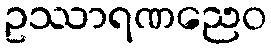
ဥဿာရဏညေဝ